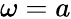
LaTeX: \omega=a